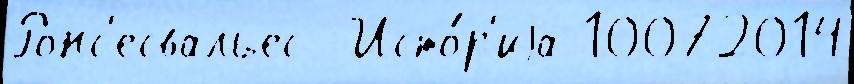
Ронс'есвальес  Исто́р'иjа 10072014